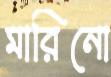
মারিনো